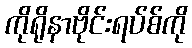
ကိုရိုနာဗိုင်းရပ်စ်ကို